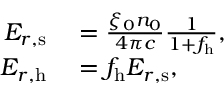
\begin{array} { r l } { \ensuremath { E _ { r , \mathrm { s } } } } & { { } = \frac { \xi _ { 0 } n _ { 0 } } { 4 \pi c } \frac { 1 } { 1 + f _ { \mathrm { h } } } , } \\ { \ensuremath { E _ { r , \mathrm { h } } } } & { { } = f _ { \mathrm { h } } \ensuremath { E _ { r , \mathrm { s } } } , } \end{array}